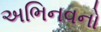
અભિનવનો